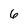
Character: 6